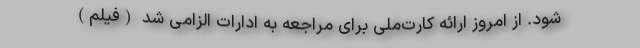
شود. از امروز ارائه کارت‌ملی برای مراجعه به ادارات الزامی شد (فیلم)